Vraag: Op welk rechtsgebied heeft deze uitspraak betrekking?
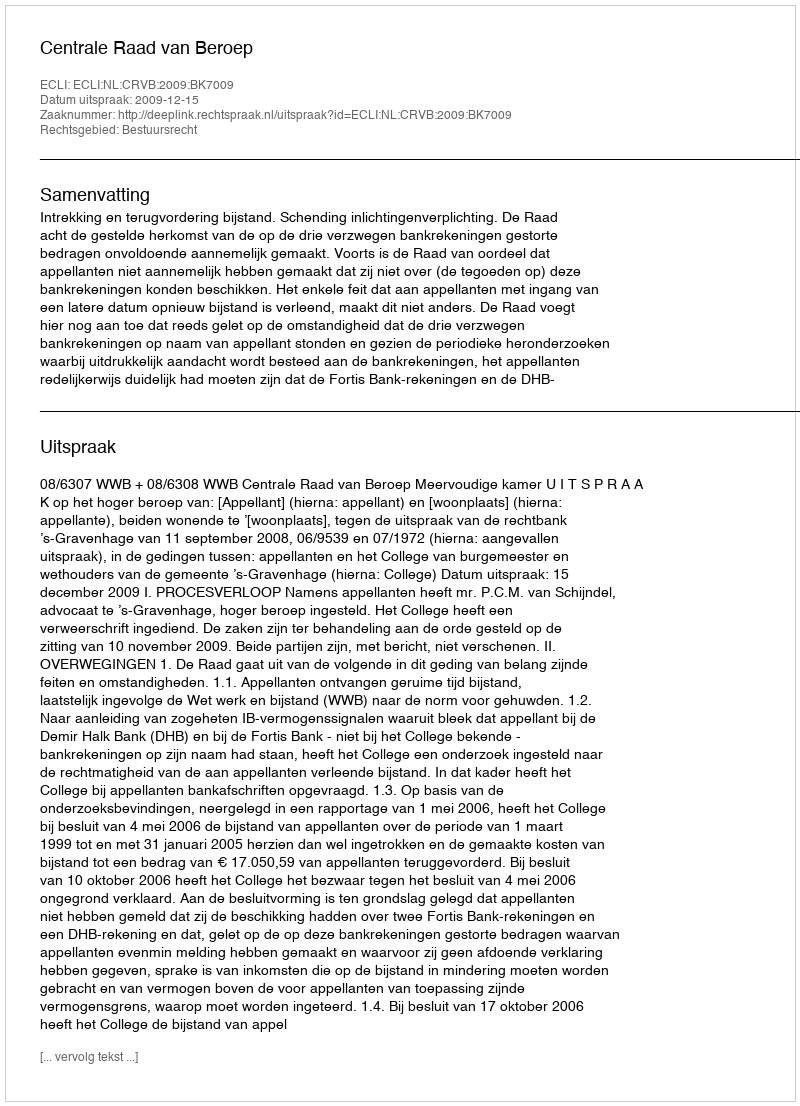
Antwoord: Bestuursrecht